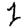
Digit: 1